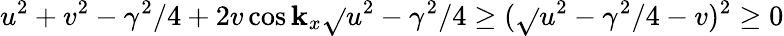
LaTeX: u^{2}+v^{2}-\gamma^{2}/4+2v\cos\mathbf{k}_{x}\sqrt{}{{u^{2}-\gamma^{2}/4}}\geq(\sqrt{}{{u^{2}-\gamma^{2}/4}}-v)^{2}\geq0